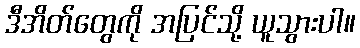
ဒီအိတ်တွေကို အပြင်သို့ ယူသွားပါ။